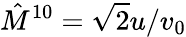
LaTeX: \hat{M}^{10}=\sqrt{2}u/v_{0}